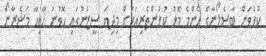
ކުޅުވަން ބާސެލޯނާގެ އެންމެ މޮޅު ކުޅުންތެރިއަކަށް މިދިޔަ ސީޒަނުގައި ހޮވުނު ހާވިއާ މަޝެރާނޯ